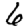
Digit: 6